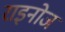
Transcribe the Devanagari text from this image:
राइनोज